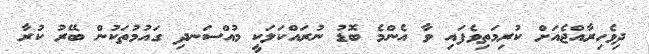
ދިވެހިރާއްޖެއަށް ކުރިމަތިވެފައި ވާ އެންމެ ބޮޑު ނުރައްކަލަކީ މުއްސަނދި ގައުމުތަކުން ބޭރު ކުރާ